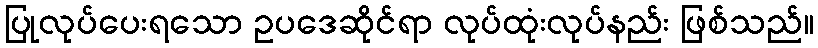
ပြုလုပ်ပေးရသော ဥပဒေဆိုင်ရာ လုပ်ထုံးလုပ်နည်း ဖြစ်သည်။